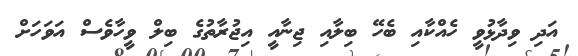
އަދި ވިދާޅުވީ ހެއްކާއި ބެހޭ ބިލާއި ޖިނާއީ އިޖުރާތުގެ ބިލް ވީހާވެސް އަވަހަށް